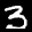
Label: 3